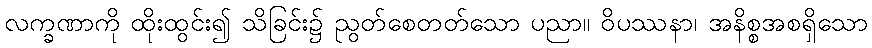
လက္ခဏာကို ထိုးထွင်း၍ သိခြင်း၌ ညွတ်စေတတ်သော ပညာ။ ဝိပဿနာ၊ အနိစ္စအစရှိသော